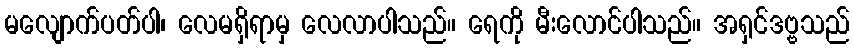
မလျောက်ပတ်ပါ၊ လေမရှိရာမှ လေလာပါသည်။ ရေကို မီးလောင်ပါသည်။ အရှင်ဒဗ္ဗသည်